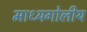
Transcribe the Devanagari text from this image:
माध्यगोलीय